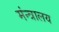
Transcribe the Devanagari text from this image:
मंन्त्रालय